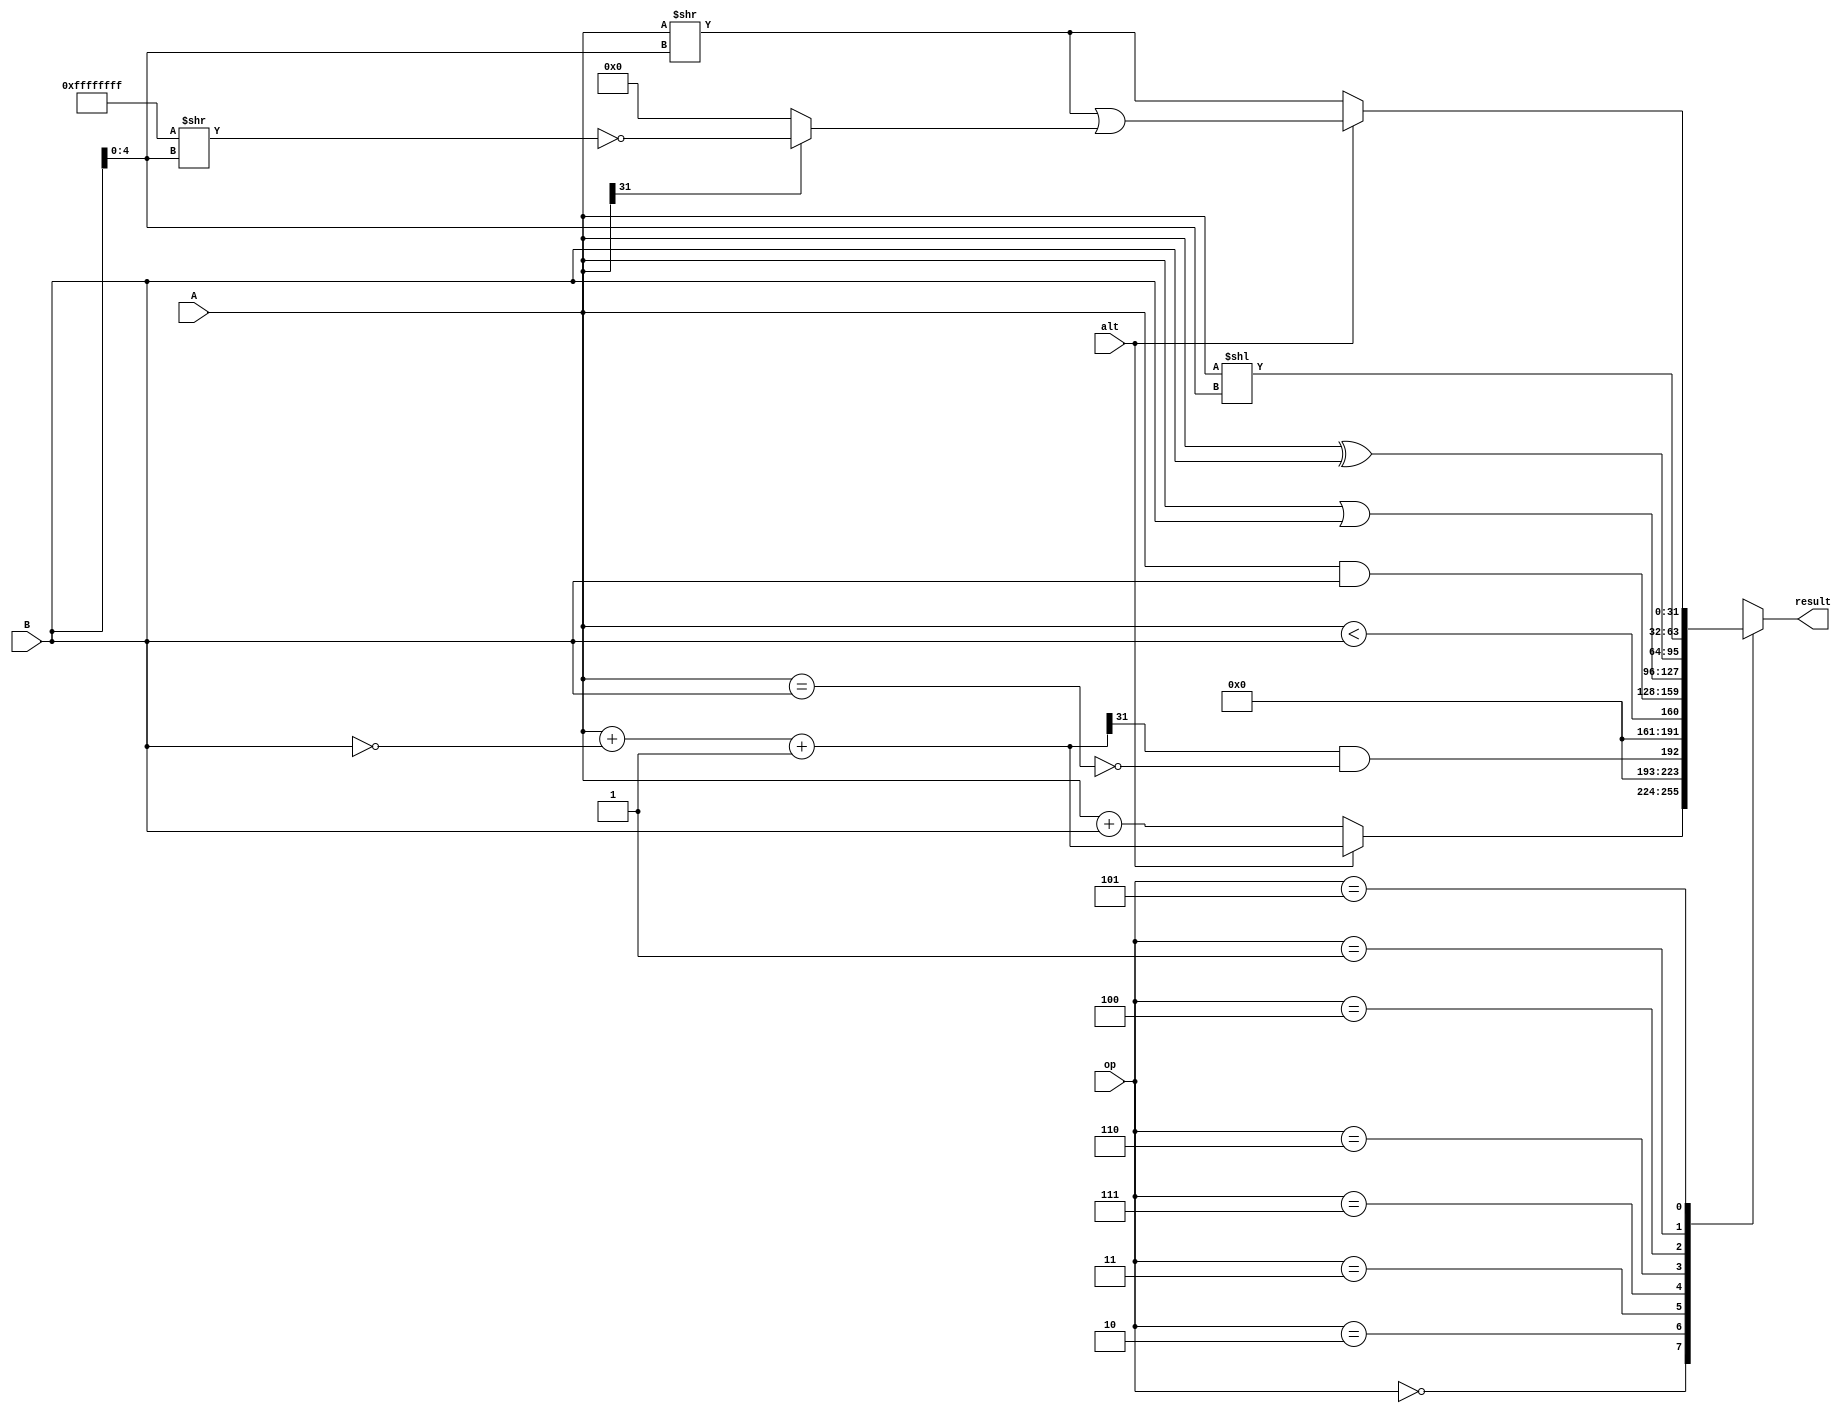
module alu(A, B, op, alt, result);
    parameter WIDTH = 32;
    parameter FUNCT3_ADD = 3'b000;
    parameter FUNCT3_SUB = 3'b000;
    parameter FUNCT3_SLT = 3'b010;
    parameter FUNCT3_SLTU = 3'b011;
    parameter FUNCT3_AND = 3'b111;
    parameter FUNCT3_OR = 3'b110;
    parameter FUNCT3_XOR = 3'b100;
    parameter FUNCT3_SLL = 3'b001;
    parameter FUNCT3_SRL = 3'b101;
    parameter FUNCT3_SRA = 3'b101;
    
    input [WIDTH-1:0] A, B;
    input [2:0] op;
    input alt;
    output reg [WIDTH-1:0] result;
    wire [WIDTH-1:0] subdiff = A + ~B + 1'b1;
    wire equals = (A == B);
    wire sign = subdiff[31];
    wire [4:0] shamt = B[4:0];
    wire [WIDTH-1:0] sign_extend = A[31] ? ~(32'hffffffff >> shamt) : 32'h00000000;
    wire [WIDTH-1:0] op_add = alt ? subdiff : A + B;
    wire [WIDTH-1:0] op_slt = sign && ~equals;
    wire [WIDTH-1:0] op_sltu = A < B;
    wire [WIDTH-1:0] op_and = A & B;
    wire [WIDTH-1:0] op_or = A | B;
    wire [WIDTH-1:0] op_xor = A ^ B;
    wire [WIDTH-1:0] op_sll = A << shamt;
    wire [WIDTH-1:0] op_srl = alt ? (A >> shamt) | sign_extend : A >> shamt;
//calculate A-B, use result for both add and SLT/SLTU
    always @(*) begin
        case(op)
            FUNCT3_ADD: result = op_add;
            FUNCT3_SLT: result = op_slt;
            FUNCT3_SLTU: result = op_sltu;
            FUNCT3_AND: result = op_and;
            FUNCT3_OR: result = op_or;
            FUNCT3_XOR: result = op_xor;
            FUNCT3_SLL: result = op_sll;
            FUNCT3_SRL: result = op_srl;
            default: result = 32'hdeadbeef;
        endcase
    end
endmodule